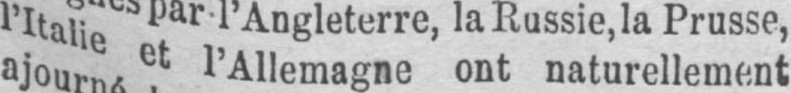
l’Italie et l’Allemagne ont naturellement